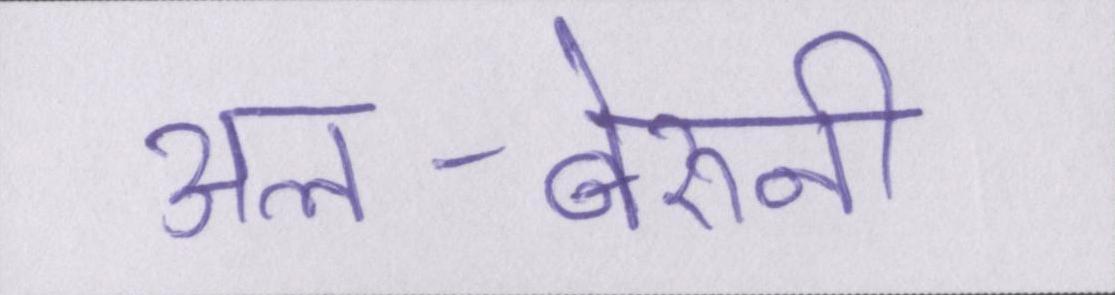
अल-बेरुनी